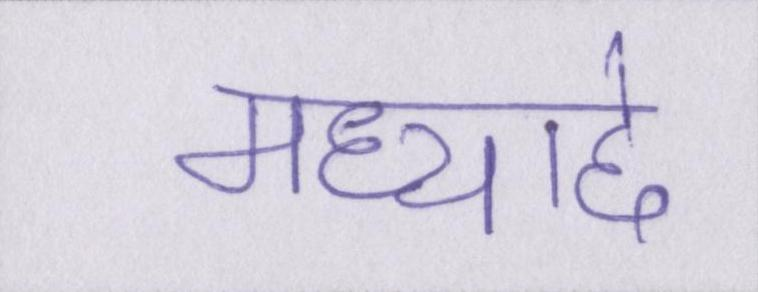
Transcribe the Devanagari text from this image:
मध्याद्दे